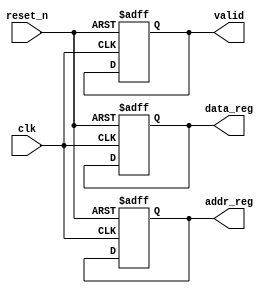
module initialization_example (
    input wire clk,              // Clock signal
    input wire reset_n,          // Active-low reset signal
    output reg [7:0] data_reg,   // 8-bit data register
    output reg [15:0] addr_reg,   // 16-bit address register
    output reg valid             // Valid signal
);

    // Purpose: Initialization block to set initial conditions
    initial begin
        // Define initial states for all registers and signals
        data_reg = 8'h00;         // Initialize data register to 0
        addr_reg = 16'h0000;      // Initialize address register to 0
        valid = 1'b0;             // Set valid signal to false
        // Optional delay for initialization
        #10;                      // Wait for 10 time units before proceeding
    end

    // Always block for handling reset and clock events
    always @(posedge clk or negedge reset_n) begin
        if (!reset_n) begin
            // Reset handling: reinitialize registers on reset
            data_reg <= 8'h00;     // Reset data register to 0
            addr_reg <= 16'h0000;  // Reset address register to 0
            valid <= 1'b0;         // Reset valid signal to false
        end else begin
            // Normal operation logic can go here
            // Example: Update registers based on some conditions
            // data_reg <= new_data; // Uncomment and define new_data as needed
            // addr_reg <= new_addr;  // Uncomment and define new_addr as needed
            // valid <= 1'b1;         // Set valid signal to true when data is valid
        end
    end

endmodule